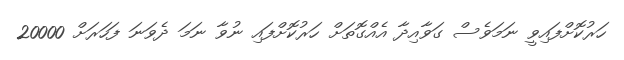
ހަރުކޮށްފައިވީ ނަމަވެސް ގަވާއިދާ އެއްގޮތަށް ހަރުކޮށްފައި ނުވާ ނަމަ ދެވަނަ ފަހަރަށް 20000